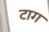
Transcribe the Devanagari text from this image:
टाग